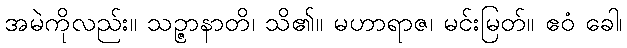
အမဲကိုလည်း။ သဉ္ဇာနာတိ၊ သိ၏။ မဟာရာဇ၊ မင်းမြတ်။ ဧဝံ ခေါ၊